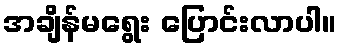
အချိန်မရွေး ပြောင်းလာပါ။